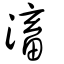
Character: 滀